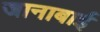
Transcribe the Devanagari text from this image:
जानाबाई